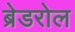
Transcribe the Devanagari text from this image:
ब्रेडरोल